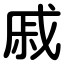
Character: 戚